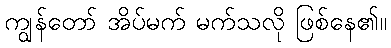
ကျွန်တော် အိပ်မက် မက်သလို ဖြစ်နေ၏။